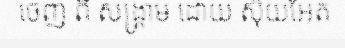
ចេញ ពី សង្គ្រាម ដោយ ស៊ុយអែត